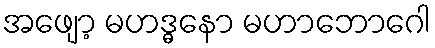
အဖျော့ မဟဒ္ဓနော မဟာဘောဂေါ